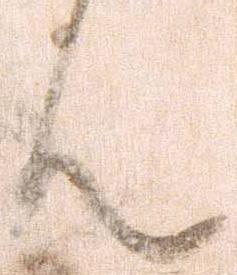
ん